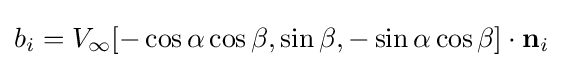
b_{i}=V_{\infty }[-\cos \alpha \cos \beta ,\sin \beta ,-\sin \alpha \cos \beta ]\cdot \mathbf {n} _{i}